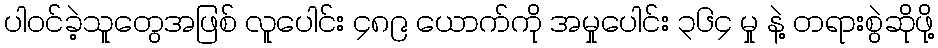
ပါဝင်ခဲ့သူတွေအဖြစ် လူပေါင်း ၄၈၉ ယောက်ကို အမှုပေါင်း ၃၆၄ မှု နဲ့ တရားစွဲဆိုဖို့